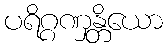
ပရိဂ္ဂဏှန္တိယော